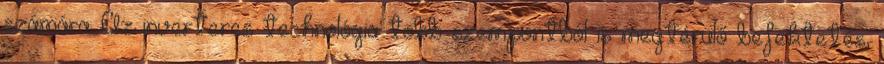
számára: Az inverteres technológia több szempontból is megtérülő befektetés,